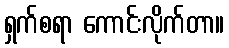
ရှက်စရာ ကောင်းလိုက်တာ။